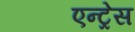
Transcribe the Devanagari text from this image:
एन्ट्रेस